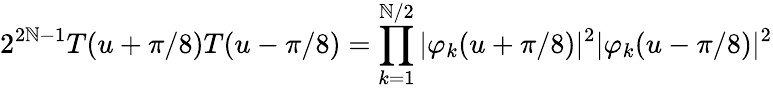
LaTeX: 2^{2\mathbb{N}-1}T(u+\pi/8)T(u-\pi/8)=\prod_{k=1}^{\mathbb{N}/2}|\varphi_{k}(u+\pi/8)|^{2}|\varphi_{k}(u-\pi/8)|^{2}